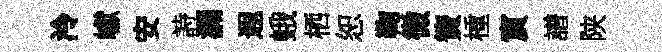
泠巘安詩漏遐蛾栖恕鞠微簀㮔賔譜陕